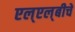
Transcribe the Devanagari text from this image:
एल्‌एल्‌बीचे